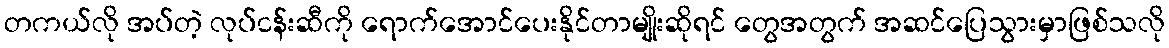
တကယ်လို အပ်တဲ့ လုပ်ငန်းဆီကို ရောက်အောင်ပေးနိုင်တာမျိုးဆိုရင် တွေအတွက် အဆင်ပြေသွားမှာဖြစ်သလို